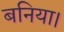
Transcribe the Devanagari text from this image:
बनिया।